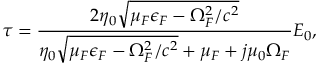
\tau = \frac { 2 \eta _ { 0 } \sqrt { \mu _ { \/ F } \epsilon _ { \/ F } - \Omega _ { \/ F } ^ { 2 } / c ^ { 2 } } } { \eta _ { 0 } \sqrt { \mu _ { \/ F } \epsilon _ { \/ F } - \Omega _ { \/ F } ^ { 2 } / c ^ { 2 } } + \mu _ { \/ F } + j \mu _ { 0 } \Omega _ { \/ F } } E _ { 0 } ,